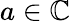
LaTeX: a\in\mathbb{C}